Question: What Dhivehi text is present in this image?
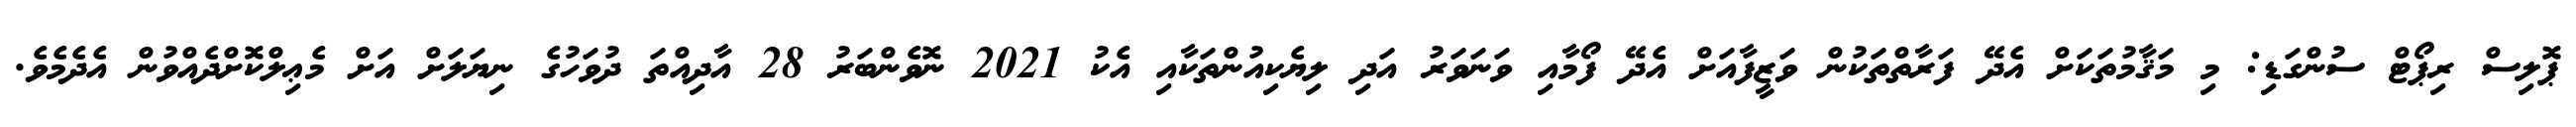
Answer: ޕޮލިސް ރިޕޯޓް ސުންގަޑި: މި މަޤާމުތަކަށް އެދޭ ފަރާތްތަކުން ވަޒީފާއަށް އެދޭ ފޯމާއި ވަނަވަރު އަދި ލިޔެކިއުންތަކާއި އެކު 2021 ނޮވެންބަރު 28 އާދިއްތަ ދުވަހުގެ ނިޔަލަށް އަށް މެޢިލްކޮށްދެއްވުން އެދެމެވެ.